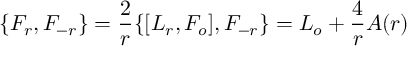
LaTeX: \{ F _ { r } , F _ { - r } \} = \frac { 2 } { r } \{ [ L _ { r } , F _ { o } ] , F _ { - r } \} = L _ { o } + \frac { 4 } { r } A ( r )